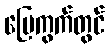
မြေကွက်တွင်